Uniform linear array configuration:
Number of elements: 48
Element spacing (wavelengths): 0.75
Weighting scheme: cosine
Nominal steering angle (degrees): -45
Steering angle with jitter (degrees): -45.681
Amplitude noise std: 0.05
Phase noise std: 0.05

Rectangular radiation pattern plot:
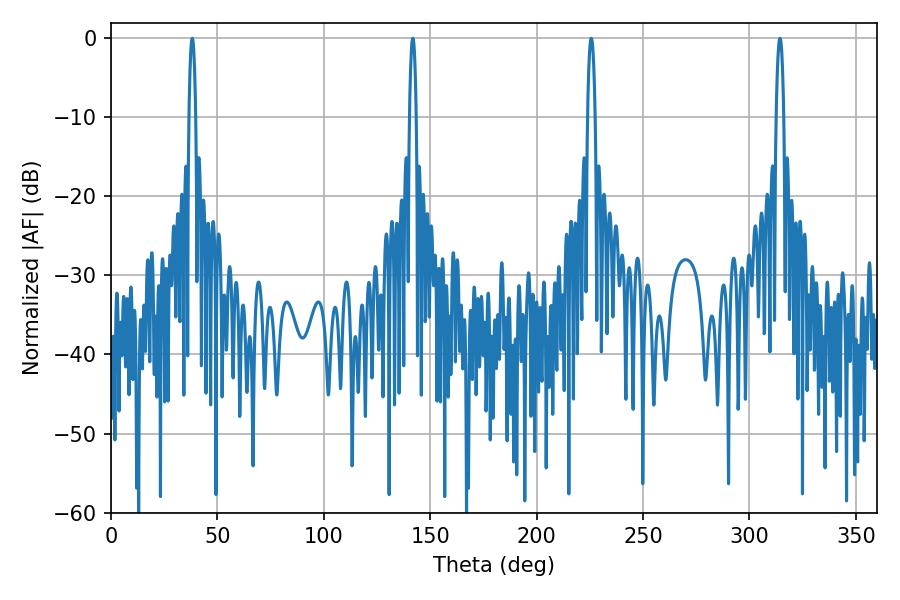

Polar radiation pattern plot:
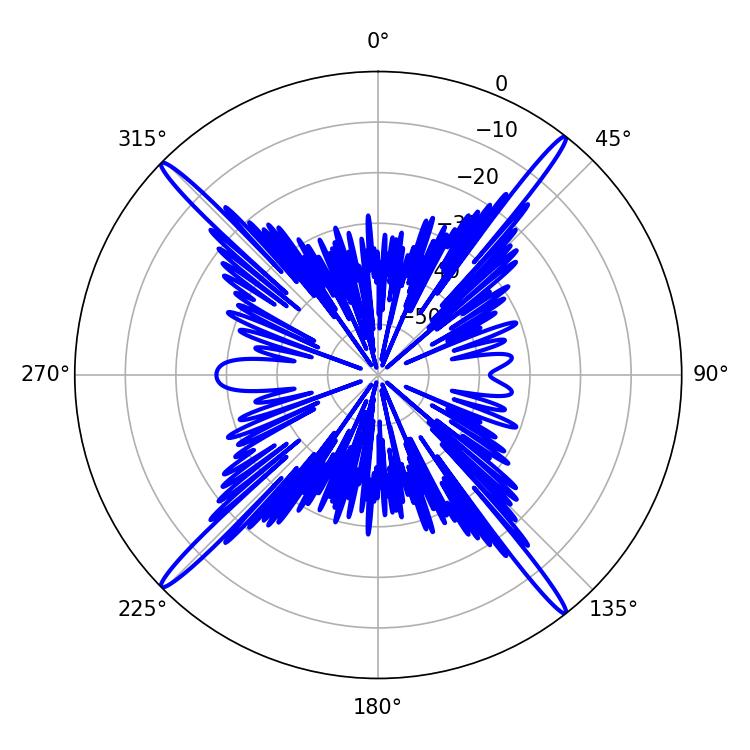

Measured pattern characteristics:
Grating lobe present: TRUE
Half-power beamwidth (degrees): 1.8
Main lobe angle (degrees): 38.16